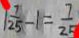
1 \frac { 7 } { 2 5 } - 1 = \frac { 7 } { 2 5 }